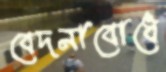
বেদনাবোধে